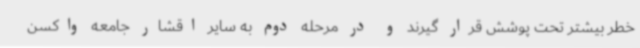
خطر بیشتر تحت پوشش قرار گیرند و در مرحله دوم به سایر اقشار جامعه واکسن